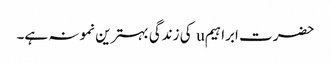
حضرت ابراہیمu کی زندگی بہترین نمونہ ہے۔